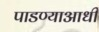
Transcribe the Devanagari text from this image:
पाडण्याआधी